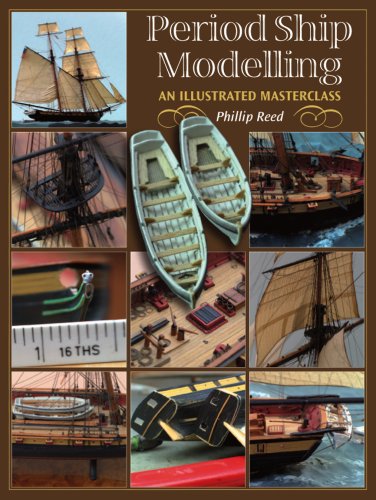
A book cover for Period Ship Modelmaking: An Illustrated Masterclass; Philip Reed; Arts & Photography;